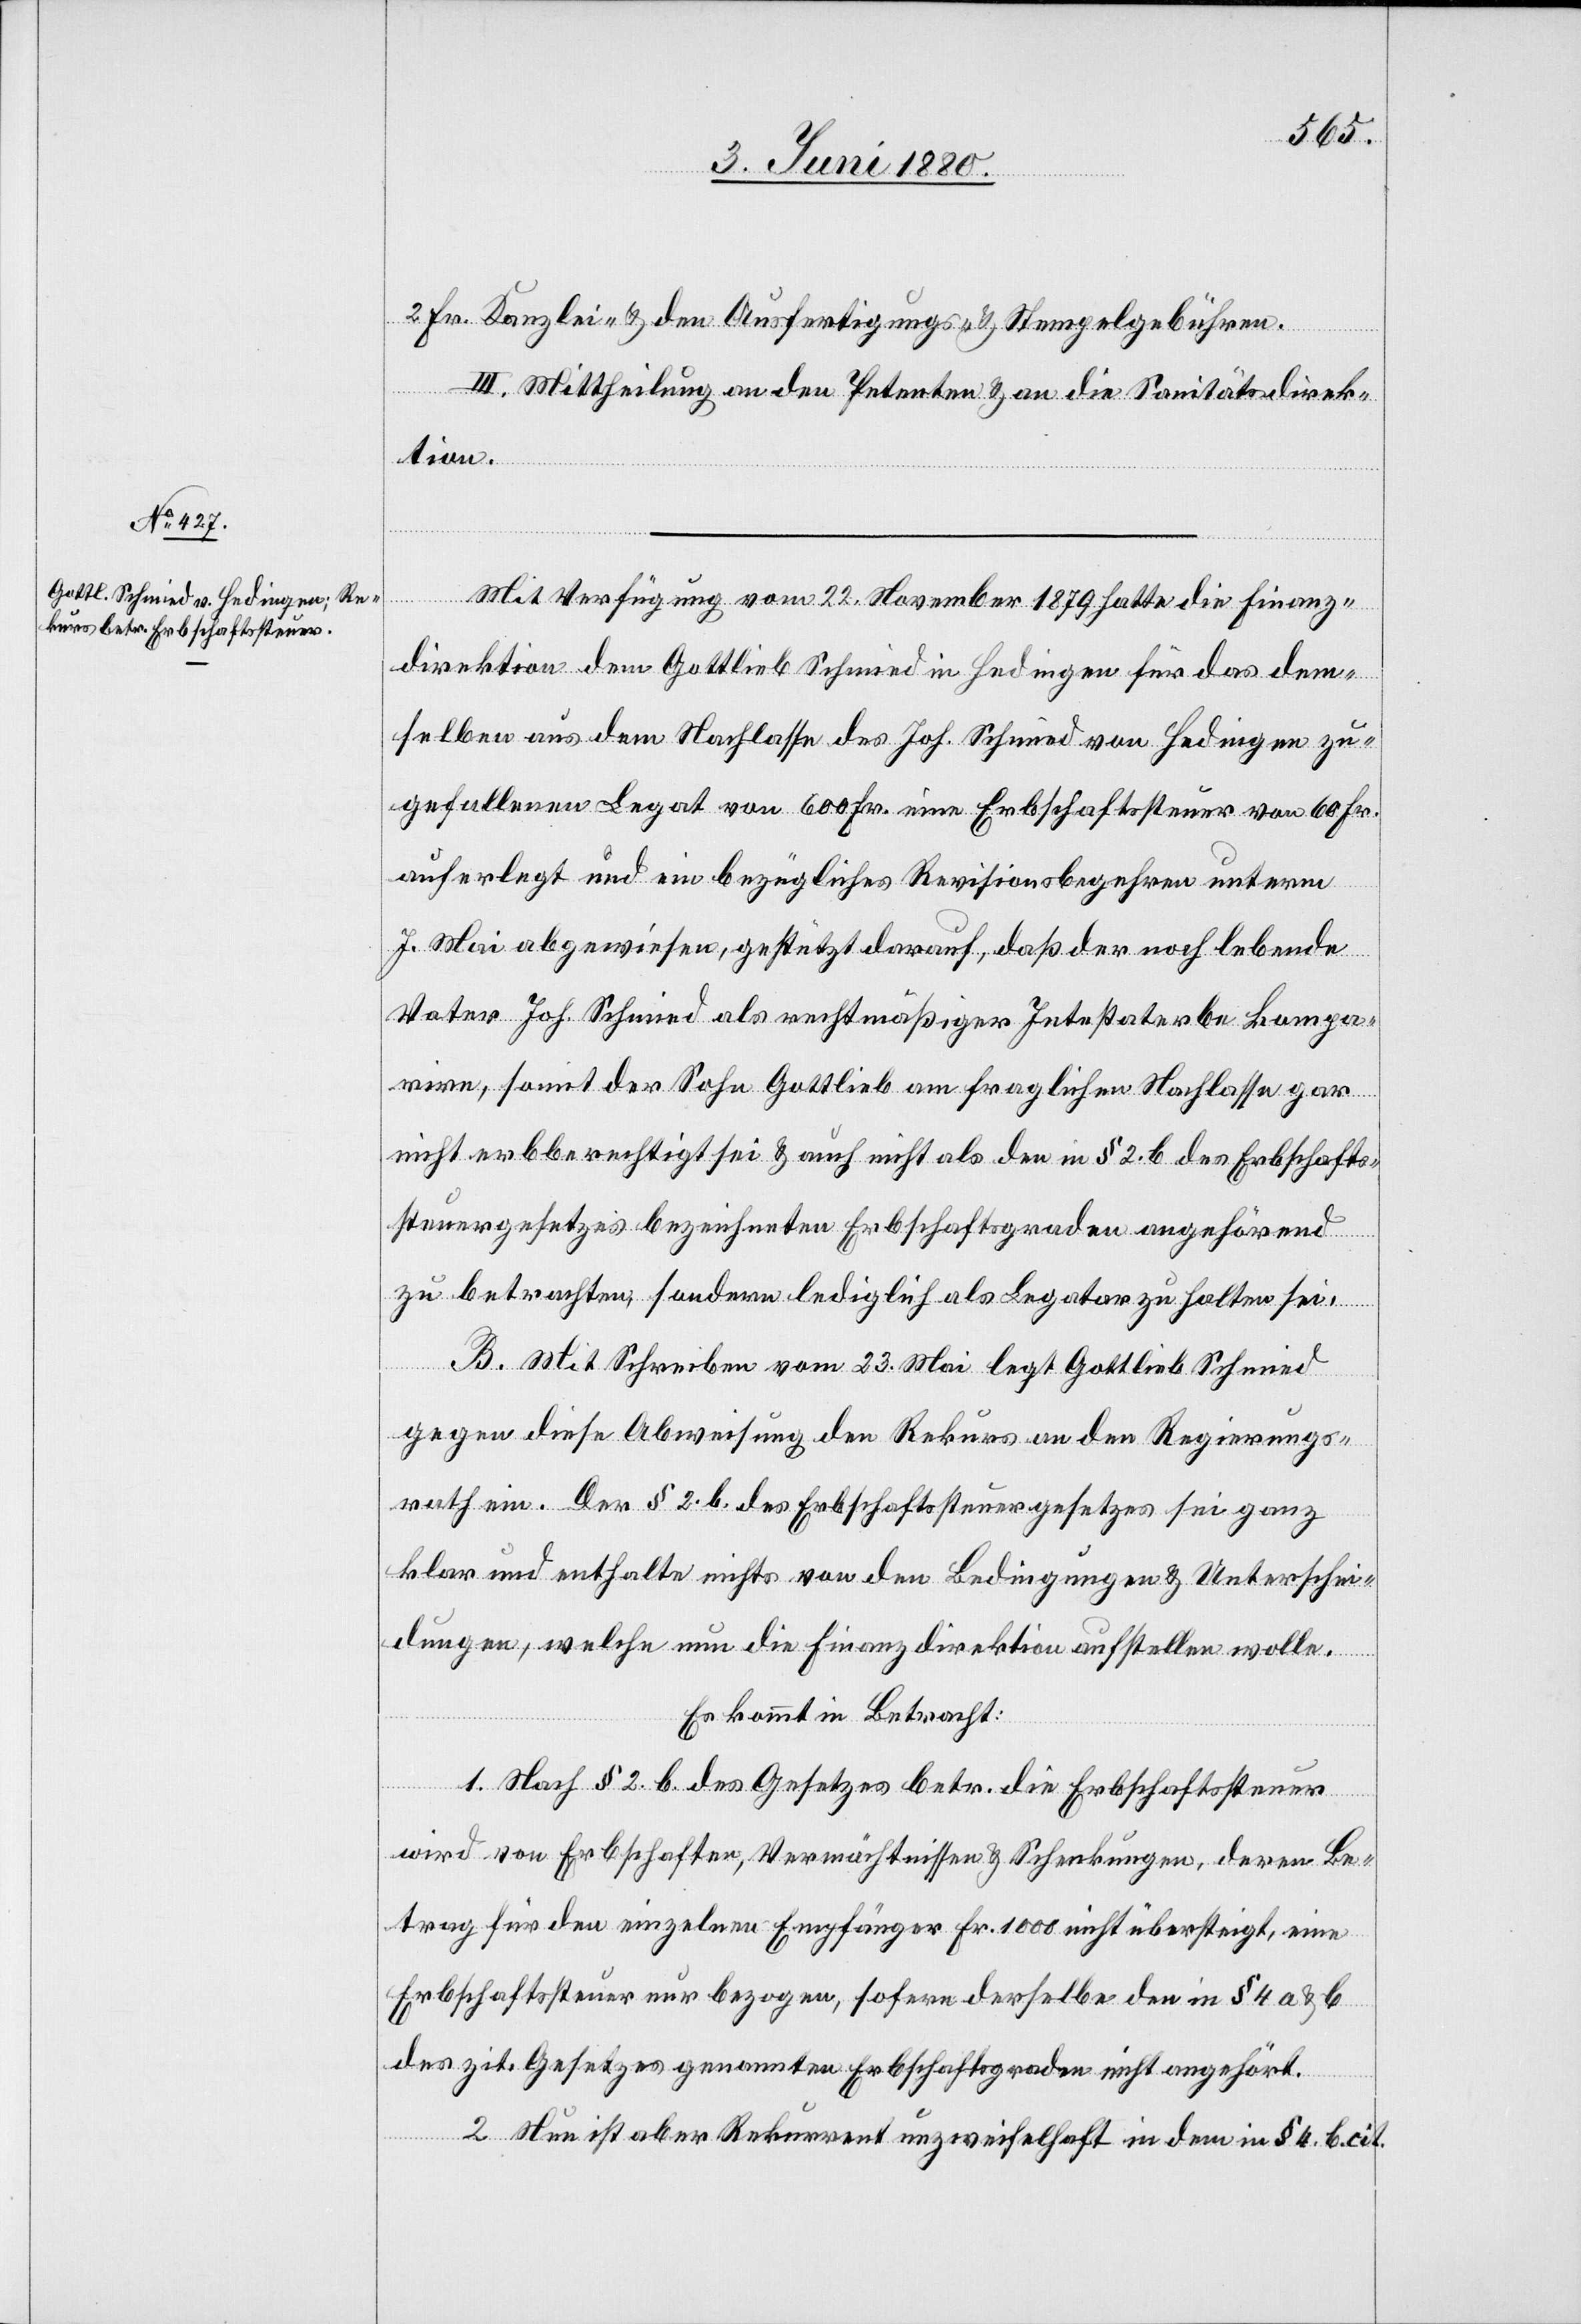
2 Fr. Kanzlei- & den Ausfertigungs- & Stempelgebühren.
III. Mittheilung an den Petenten & an die Sanitätsdirek¬
tion.
Mit Verfügung vom 22. November 1879 hatte die Finanz¬
direktion dem Gottlieb Schmied in Hedingen für das dem¬
selben aus dem Nachlasse des Joh. Schmied von Hedingen zu¬
gefallenen Legat von 600 Fr. eine Erbschaftssteuer von 60 Fr.
auferlegt und ein bezügliches Revisionsbegehren unterm
7. Mai abgewiesen, gestützt darauf, daß der noch lebende
Vater Joh. Schmied als rechtmäßiger Intestaterbe kompa¬
rire, somit der Sohn Gottlieb am fraglichen Nachlasse gar
nicht erbberechtigt sei & auch nicht als den in § 2. b des Erbschafts¬
steuergesetzes bezeichneten Erbschaftsgraden angehörend
zu betrachten, sondern lediglich als Legatar zu halten sei.
B. Mit Schreiben vom 23. Mai legt Gottlieb Schmied
gegen diese Abweisung den Rekurs an den Regierungs¬
rath ein. Der § 2. b. des Erbschaftssteuergesetzes sei ganz
klar und enthalte nichts von den Bedingungen & Unterschei¬
dungen, welche nun die Finanzdirektion aufstellen wolle.
Es kommt in Betracht:
1. Nach § 2. b. des Gesetzes betr. die Erbschaftssteuer
wird von Erbschaften, Vermächtnissen & Schenkungen, deren Be¬
trag für den einzelnen Empfänger Fr. 1000 nicht übersteigt, eine
Erbschaftssteuer nur bezogen, sofern derselbe den in § 4 a & b
des zit. Gesetzes genannten Erbschaftsgraden nicht angehört.
2. Nun ist aber Rekurrent unzweifelhaft in dem in § 4 b cit.